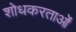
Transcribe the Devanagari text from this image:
शोधकरताओं